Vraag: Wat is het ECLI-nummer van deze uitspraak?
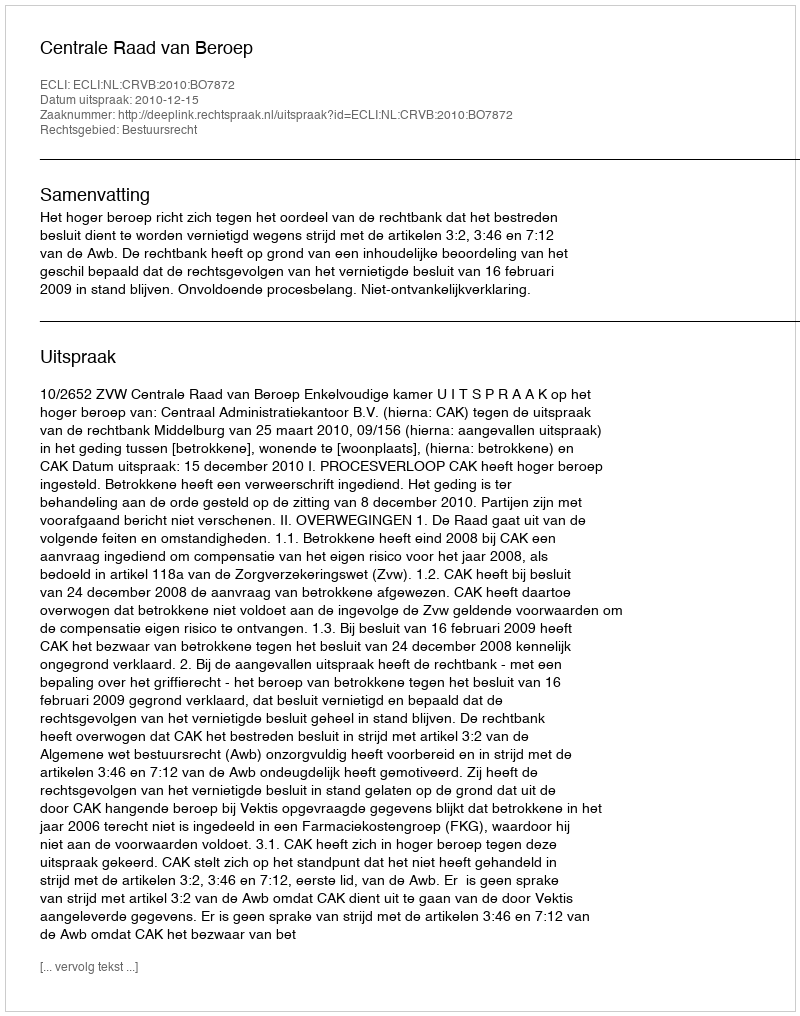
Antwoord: ECLI:NL:CRVB:2010:BO7872